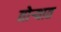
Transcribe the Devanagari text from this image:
तोर्‍यात